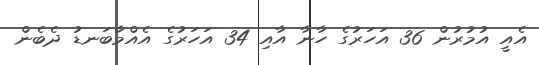
އެއީ އުމުރުން 36 އަހަރުގެ ހާނާ އާއި 34 އަހަރުގެ އެއްމާބަނޑު ދެބެން